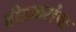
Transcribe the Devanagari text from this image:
बीडकरांचा